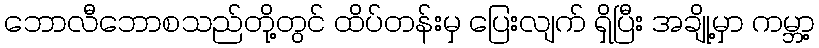
ဘောလီဘောစသည်တို့တွင် ထိပ်တန်းမှ ပြေးလျက် ရှိပြီး အချို့မှာ ကမ္ဘာ့